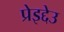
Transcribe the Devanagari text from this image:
प्रेइद्देउ